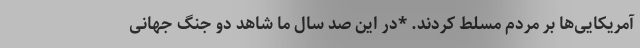
آمریکایی‌ها بر مردم مسلط کردند. *در این صد سال ما شاهد دو جنگ جهانی